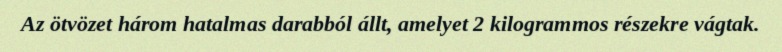
Az ötvözet három hatalmas darabból állt, amelyet 2 kilogrammos részekre vágtak.